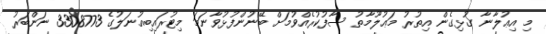
މި އިޢުލާނާ ގުޅިގެން އިތުރު މަޢުލޫމާތު ސާފުކުރެއްވުމަށް ބޭނުންފުޅުވާނަމަ މިޓުރައިބިއުނަލުގެ 3308773 ނަންބަރު